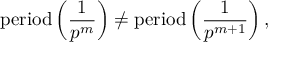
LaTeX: { \mathrm { p e r i o d } } \left( { \frac { 1 } { p ^ { m } } } \right) \neq { \mathrm { p e r i o d } } \left( { \frac { 1 } { p ^ { m + 1 } } } \right) ,